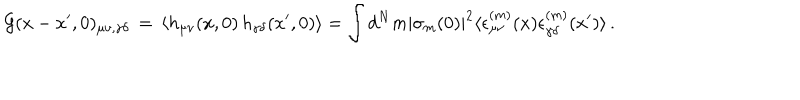
LaTeX: { \cal G } ( x - x ^ { \prime } , 0 ) _ { \mu \nu , \gamma \delta } \, = \, \langle h _ { \mu \nu } ( x , 0 ) \, h _ { \gamma \delta } ( x ^ { \prime } , 0 ) \rangle = \int d ^ { N } m | \sigma _ { m } ( 0 ) | ^ { 2 } \langle \epsilon _ { \mu \nu } ^ { ( m ) } ( x ) \epsilon _ { \gamma \delta } ^ { ( m ) } ( x ^ { \prime } ) \rangle \, .